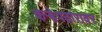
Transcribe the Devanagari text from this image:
कऱ्हेपठारावर